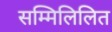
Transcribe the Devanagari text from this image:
सम्मिलिलित